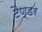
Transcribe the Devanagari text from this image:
टैण्डर